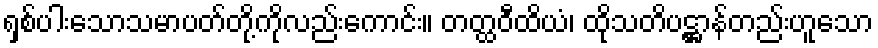
ရှစ်ပါးသောသမာပတ်တို့ကိုလည်းကောင်း။ တတ္ထဝီထိယံ၊ ထိုသတိပဋ္ဌာန်တည်းဟူသော